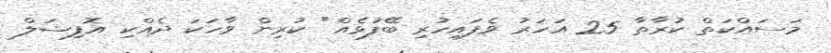
މަސައްކަތް ކުރާތާ 25 އަހަރު ވެފައިހުރި ބޭފުޅެއް" ކުރިން ވާހަކަ ދެއްކި އޮފިޝަލް